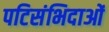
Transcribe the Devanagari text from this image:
पटिसंभिदाओं